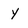
Character: y